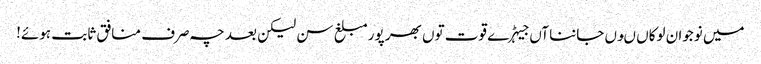
میں نوجوان لوکاں ںوں جاننا آں جیہڑے قوت توں بھر پور مبلغ سن لیکن بعد چہ صرف منافق ثابت ہوئے!